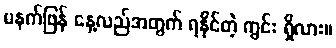
မနက်ဖြန် နေ့လည်အတွက် ရနိုင်တဲ့ ကွင်း ရှိလား။